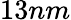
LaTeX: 13nm